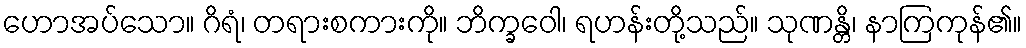
ဟောအပ်သော။ ဂိရံ၊ တရားစကားကို။ ဘိက္ခဝေါ၊ ရဟန်းတို့သည်။ သုဏန္တိ၊ နာကြကုန်၏။